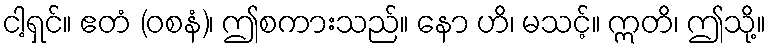
ငါ့ရှင်။ ဧတံ (ဝစနံ)၊ ဤစကားသည်။ နော ဟိ၊ မသင့်။ ဣတိ၊ ဤသို့။